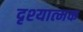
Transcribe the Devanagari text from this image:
दृश्‍यात्‍मक